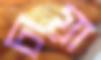
চায়া